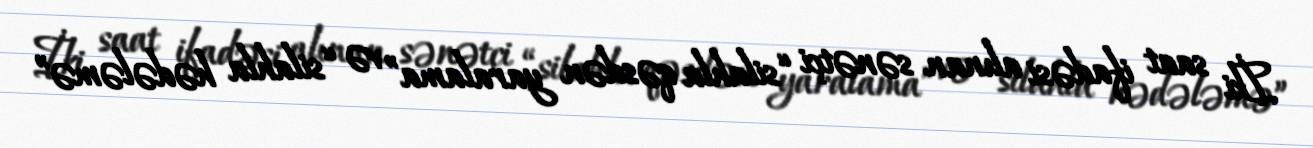
İki saat ifadəsi alınan sənətçi “silahla qəsdən yaralama” və “silahla hədələmə”